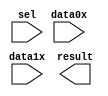
// This program was cloned from: https://github.com/Waikebber/PWM-Robotic-Arm
// License: MIT License

// megafunction wizard: %LPM_MUX%VBB%
// GENERATION: STANDARD
// VERSION: WM1.0
// MODULE: LPM_MUX 

// ============================================================
// Megafunction Name(s):
// 			LPM_MUX
//
// Simulation Library Files(s):
// 			lpm
// ============================================================
// ************************************************************
// THIS IS A WIZARD-GENERATED FILE. DO NOT EDIT THIS FILE!
//
// 18.1.0 Build 625 09/12/2018 SJ Lite Edition
// ************************************************************

//Copyright (C) 2018  Intel Corporation. All rights reserved.
//Your use of Intel Corporation's design tools, logic functions 
//and other software and tools, and its AMPP partner logic 
//functions, and any output files from any of the foregoing 
//(including device programming or simulation files), and any 
//associated documentation or information are expressly subject 
//to the terms and conditions of the Intel Program License 
//Subscription Agreement, the Intel Quartus Prime License Agreement,
//the Intel FPGA IP License Agreement, or other applicable license
//agreement, including, without limitation, that your use is for
//the sole purpose of programming logic devices manufactured by
//Intel and sold by Intel or its authorized distributors.  Please
//refer to the applicable agreement for further details.

module mux3 (
	data0x,
	data1x,
	sel,
	result);

	input	[25:0]  data0x;
	input	[25:0]  data1x;
	input	  sel;
	output	[25:0]  result;

endmodule

// ============================================================
// CNX file retrieval info
// ============================================================
// Retrieval info: PRIVATE: INTENDED_DEVICE_FAMILY STRING "Cyclone V"
// Retrieval info: PRIVATE: SYNTH_WRAPPER_GEN_POSTFIX STRING "0"
// Retrieval info: PRIVATE: new_diagram STRING "1"
// Retrieval info: LIBRARY: lpm lpm.lpm_components.all
// Retrieval info: CONSTANT: LPM_SIZE NUMERIC "2"
// Retrieval info: CONSTANT: LPM_TYPE STRING "LPM_MUX"
// Retrieval info: CONSTANT: LPM_WIDTH NUMERIC "26"
// Retrieval info: CONSTANT: LPM_WIDTHS NUMERIC "1"
// Retrieval info: USED_PORT: data0x 0 0 26 0 INPUT NODEFVAL "data0x[25..0]"
// Retrieval info: USED_PORT: data1x 0 0 26 0 INPUT NODEFVAL "data1x[25..0]"
// Retrieval info: USED_PORT: result 0 0 26 0 OUTPUT NODEFVAL "result[25..0]"
// Retrieval info: USED_PORT: sel 0 0 0 0 INPUT NODEFVAL "sel"
// Retrieval info: CONNECT: @data 0 0 26 0 data0x 0 0 26 0
// Retrieval info: CONNECT: @data 0 0 26 26 data1x 0 0 26 0
// Retrieval info: CONNECT: @sel 0 0 1 0 sel 0 0 0 0
// Retrieval info: CONNECT: result 0 0 26 0 @result 0 0 26 0
// Retrieval info: GEN_FILE: TYPE_NORMAL mux3.v TRUE
// Retrieval info: GEN_FILE: TYPE_NORMAL mux3.inc TRUE
// Retrieval info: GEN_FILE: TYPE_NORMAL mux3.cmp TRUE
// Retrieval info: GEN_FILE: TYPE_NORMAL mux3.bsf TRUE
// Retrieval info: GEN_FILE: TYPE_NORMAL mux3_inst.v TRUE
// Retrieval info: GEN_FILE: TYPE_NORMAL mux3_bb.v TRUE
// Retrieval info: LIB_FILE: lpm